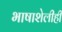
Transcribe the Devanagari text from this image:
भाषाशेलीही